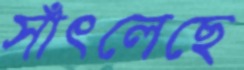
সাঁৎলেছে